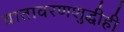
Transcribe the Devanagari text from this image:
वातावरणशुद्धीही